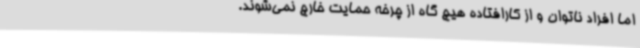
اما افراد ناتوان و از کارافتاده هیچ گاه از چرخه حمایت خارج نمی‌شوند.